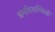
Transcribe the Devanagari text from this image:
धर्मावलम्बियो